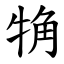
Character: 觕